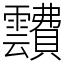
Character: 靅